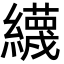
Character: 䌩